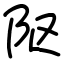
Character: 𨸟